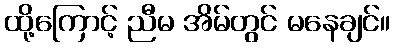
ထို့ကြောင့် ညီမ အိမ်တွင် မနေချင်။